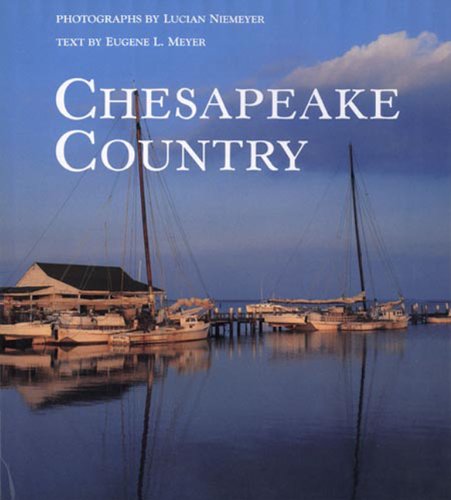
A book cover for Chesapeake Country; Eugene L Meyer; Travel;